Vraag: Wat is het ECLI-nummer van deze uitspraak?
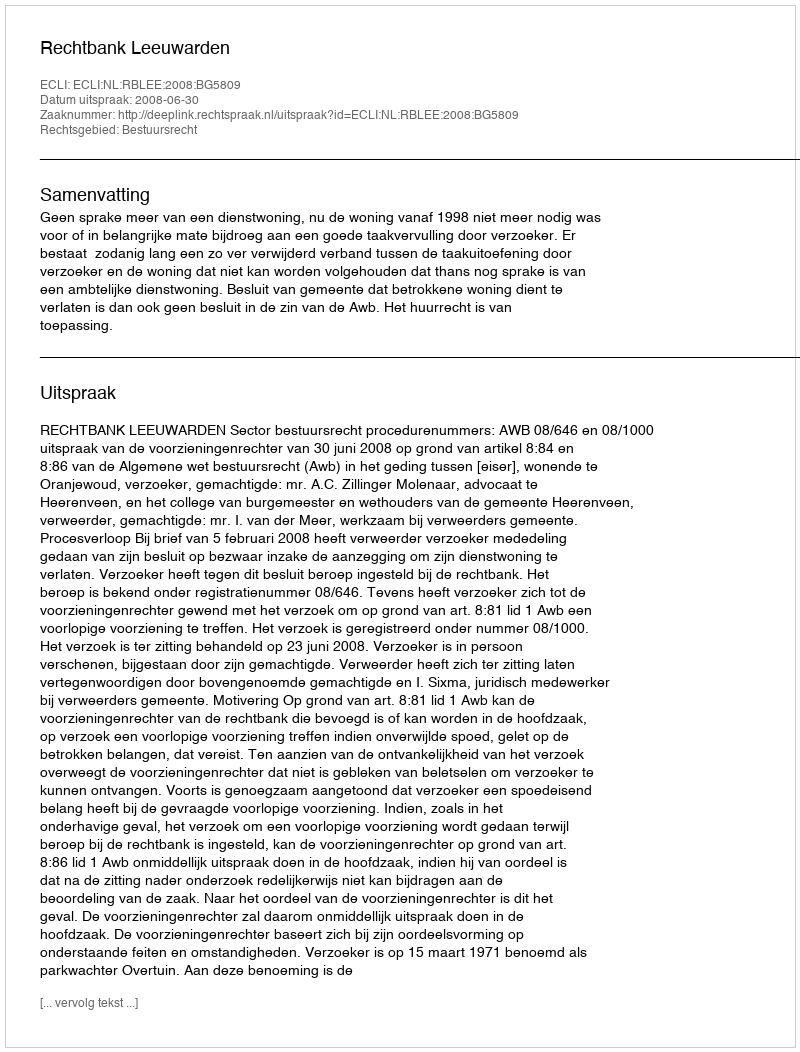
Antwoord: ECLI:NL:RBLEE:2008:BG5809